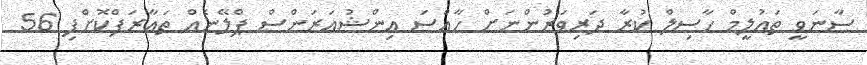
ސާނަވީ ތައުލީމް ހާސިލް ކުރާ ދަރިވަރުންނަށް ހާއްސަ އިންޝުއަރަންސް ޕްލޭނެއް ތައާރަފްކޮށްފި 56